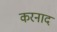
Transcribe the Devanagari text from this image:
करनाद